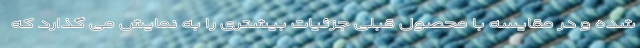
شده و در مقایسه با محصول قبلی جزئیات بیشتری را به نمایش می گذارد که